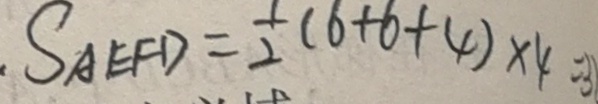
S _ { \Delta } E F D = \frac { 1 } { 2 } ( 6 + 6 + 4 ) \times 4 = 3